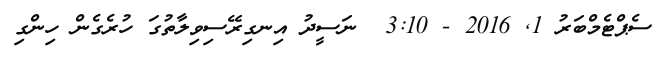
ސެޕްޓެމްބަރު 1